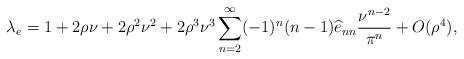
LaTeX: \begin{align*}\lambda_e=1+2\rho \nu +2\rho^2 \nu^2 + 2\rho^3 \nu^3 \sum_{n=2}^\infty (-1)^n (n-1)\widehat{e}_{nn} \frac{\nu^{n-2}}{\pi^n}+ O(\rho^4), \end{align*}